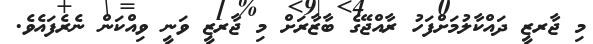
މި ޖާރޒީ ދައްކާލުމަށްފަހު ރާއްޖޭގެ ބާޒާރަށް މި ޖާރޒީ ވަނީ ވިއްކަން ނެރެފައެވެ.